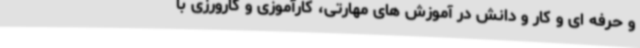
و حرفه ای و کار و دانش در آموزش های مهارتی، کارآموزی و کارورزی با